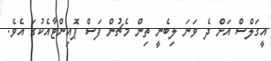
އީގަލްސް އަށް ދެ ވަނަ ލިބެނީ ތިން މެޗުން ފަސް ޕޮއިންޓާއެކުގަ އެވެ.